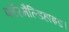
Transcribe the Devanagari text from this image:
फॉरमैल्डिहाइड।